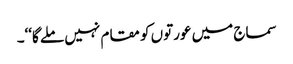
سماج میں عورتوں کو مقام نہیں ملے گا‘‘۔